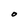
Character: O